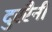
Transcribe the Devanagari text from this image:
दुररैनी